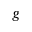
g